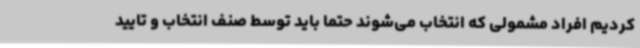
کردیم افراد مشمولی که انتخاب می‌شوند حتما باید توسط صنف انتخاب و تایید